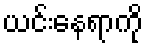
ယင်းနေရာကို